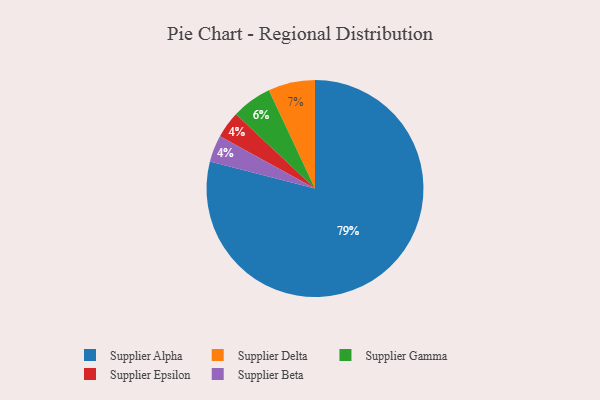
{"axis": {"x": "Category", "y": "Percentage"}, "legend": ["Supplier Alpha", "Supplier Beta", "Supplier Delta", "Supplier Epsilon", "Supplier Gamma"], "data": [{"x": "Supplier Epsilon", "y": 4, "type": "Supplier Epsilon"}, {"x": "Supplier Alpha", "y": 79, "type": "Supplier Alpha"}, {"x": "Supplier Beta", "y": 4, "type": "Supplier Beta"}, {"x": "Supplier Delta", "y": 7, "type": "Supplier Delta"}, {"x": "Supplier Gamma", "y": 6, "type": "Supplier Gamma"}]}